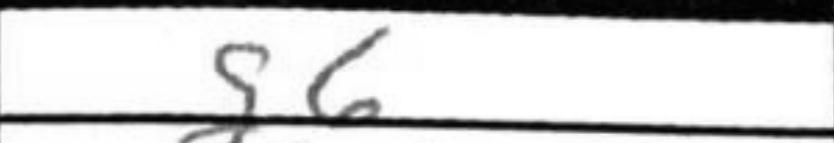
Transcription: g6